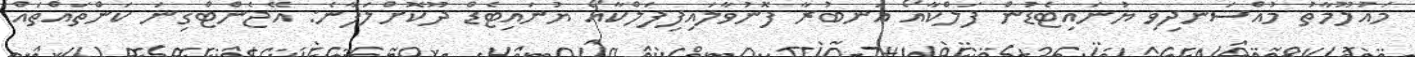
މައުލޫމާތު މުއްސަނދިވި ޔުނައިޓެޑުން ފަލްކާއޯ އަނބުރާ ފޮނުވާލައިފިފަލްކާއޯ ޔުނައިޓެޑް ދޫކޮށްލަފާނެ: އޭޖެންޓްގިނަ ކަންތައްތައް